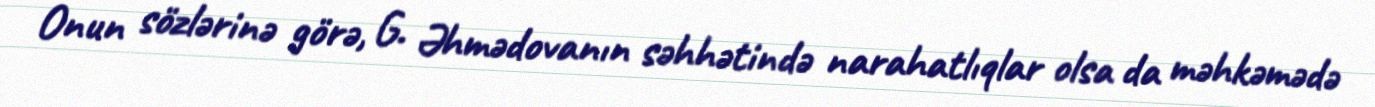
Onun sözlərinə görə, G. Əhmədovanın səhhətində narahatlıqlar olsa da məhkəmədə